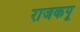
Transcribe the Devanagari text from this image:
राजकपू